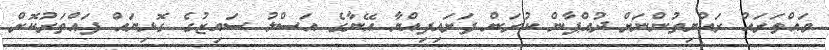
ވައްތަރައް ރައްޔިތުންނަށް ދުއްޕާން ކުރަން ފަށައިފިއްޔާ އޭނާގެ އަސްލު ސައިޒުގެ ގޮޅިޔައް ފައްތަރުކޮށް